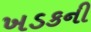
ખડકની